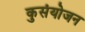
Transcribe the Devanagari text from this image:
कुसंयोजन